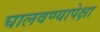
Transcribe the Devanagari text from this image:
घालवण्यापेक्षा